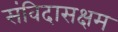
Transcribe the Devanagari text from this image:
संविदासक्षम